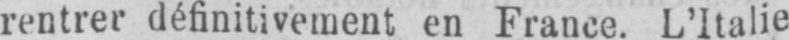
rentrer définitivement en France. L’Italie